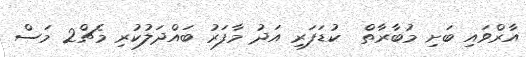
އާރްވައި ބަށި މުބާރާތް  ކުޑަފަރި އަދު މާފަރު ބައްދަލުކުރި މެޗް2 މަސް